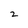
Character: 2